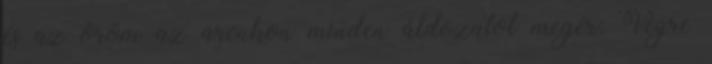
és az öröm az arcukon minden áldozatot megér: Végre